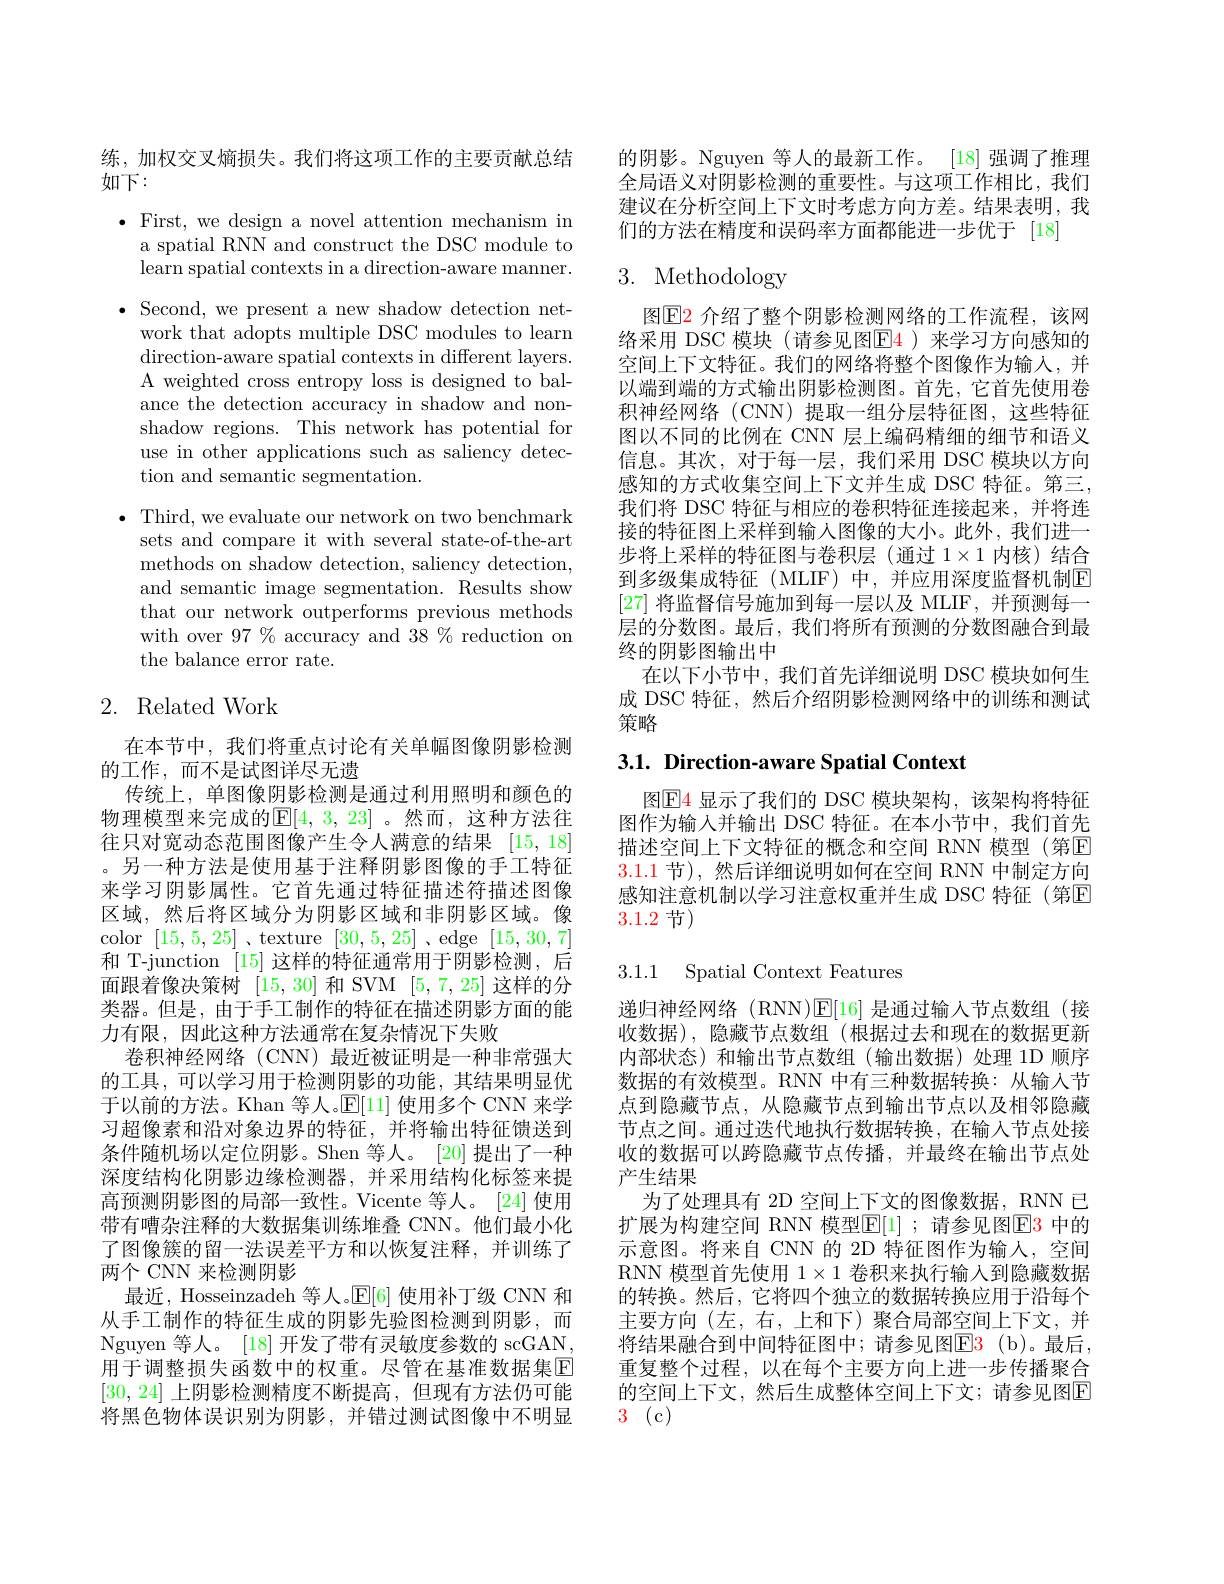
练，加权交叉熵损失。我们将这项工作的主要贡献总结
如下：

$\bullet$ First, we design a novel attention mechanism in
a spatial RNN and construct the DSC module to learn spatial contexts in a direction-aware manner.
$\bullet$ Second, we present a new shadow detection net-
work that adopts multiple DSC modules to learn direction-aware spatial contexts in different layers. A weighted cross entropy loss is designed to balance the detection accuracy in shadow and nonshadow regions. This network has potential for use in other applications such as saliency detection and semantic segmentation.
$\bullet$ Third, we evaluate our network on two benchmark

sets and compare it with several state-of-the-art methods on shadow detection, saliency detection, and semantic image segmentation. Results show that our network outperforms previous methods with over $97\%$ accuracy and 38 % reduction on the balance error rate.

# 2. Related Work

在本节中，我们将重点讨论有关单幅图像阴影检测
的工作，而不是试图详尽无遗
传统上，单图像阴影检测是通过利用照明和颜色的物理模型来完成的$\mathbb{E}[4,3,23]$ 。然而，这种方法往往只对宽动态范围图像产生令人满意的结果 [15,18] 。另一种方法是使用基于注释阴影图像的手工特征来学习阴影属性。它首先通过特征描述符描述图像区域，然后将区域分为阴影区域和非阴影区域。像color [15,5,25] 、texture [30,5,25] 、edge [15,30,7] 和 T-junction [15]这样的特征通常用于阴影检测，后面跟着像决策树[15,30]和 SVM [5,7,25]这样的分类器。但是，由于手工制作的特征在描述阴影方面的能力有限，因此这种方法通常在复杂情况下失败
卷积神经网络(CNN)最近被证明是一种非常强大的工具，可以学习用于检测阴影的功能，其结果明显优于以前的方法。Khan 等人。$\mathbb{E}[11]$使用多个 CNN 来学习超像素和沿对象边界的特征，并将输出特征馈送到条件随机场以定位阴影。Shen 等人。[20]提出了一种深度结构化阴影边缘检测器，并采用结构化标签来提高预测阴影图的局部一致性。Vicente 等人。[24] 使用带有嘈杂注释的大数据集训练堆叠 CNN。他们最小化了图像簇的留一法误差平方和以恢复注释，并训练了两个 CNN 来检测阴影
最近，Hosseinzadeh 等人。$\mathbb{E}[6]$使用补丁级 CNN 和从手工制作的特征生成的阴影先验图检测到阴影，而Nguyen 等人。[18] 开发了带有灵敏度参数的 scGAN 用于调整损失函数中的权重。尽管在基准数据集$\overline{\mathrm{E}}$ [30,24]上阴影检测精度不断提高，但现有方法仍可能将黑色物体误识别为阴影，并错过测试图像中不明显

的阴影。Nguyen 等人的最新工作。[18] 强调了推理全局语义对阴影检测的重要性。与这项工作相比，我们建议在分析空间上下文时考虑方向方差。结果表明，我们的方法在精度和误码率方面都能进一步优于 [18]

# 3. Methodology

图$\boxed{\mathrm{E}}2$ 介绍了整个阴影检测网络的工作流程，该网络采用 DSC 模块(请参见图$\color{red}{\mathrm{E}}\color{blue}{\mathrm{E}}\color{red}{\mathrm{)}}$来学习方向感知的空间上下文特征。我们的网络将整个图像作为输入，并以端到端的方式输出阴影检测图。首先，它首先使用卷积神经网络(CNN)提取一组分层特征图，这些特征图以不同的比例在 CNN 层上编码精细的细节和语义信息。其次，对于每一层，我们采用 DSC 模块以方向感知的方式收集空间上下文并生成 DSC 特征。第三， 我们将 DSC 特征与相应的卷积特征连接起来，并将连接的特征图上采样到输入图像的大小。此外，我们进一步将上采样的特征图与卷积层(通过$1\times1$内核)结合到多级集成特征(MLIF)中，并应用深度监督机制$\overline{\mathrm{E}}$ [27]将监督信号施加到每一层以及 MLIF, 并预测每一层的分数图。最后，我们将所有预测的分数图融合到最终的阴影图输出中
在以下小节中，我们首先详细说明 DSC 模块如何生成 DSC 特征，然后介绍阴影检测网络中的训练和测试策略

3.1. Direction-aware Spatial Context

图$\boxed{\mathrm{E}}4$ 显示了我们的 DSC 模块架构，该架构将特征图作为输入并输出 DSC 特征。在本小节中，我们首先描述空间上下文特征的概念和空间 RNN 模型 (第四3.1.1节),然后详细说明如何在空间 RNN 中制定方向感知注意机制以学习注意权重并生成 DSC 特征(第☑ 3.1.2 节)

# 3.1.1 Spatial Context Features

递归神经网络 (RNN)$\mathbb{E}[16]$是通过输入节点数组(接收数据),隐藏节点数组(根据过去和现在的数据更新内部状态)和输出节点数组(输出数据)处理 1D 顺序数据的有效模型。RNN 中有三种数据转换：从输入节点到隐藏节点，从隐藏节点到输出节点以及相邻隐藏节点之间。通过迭代地执行数据转换，在输入节点处接收的数据可以跨隐藏节点传播，并最终在输出节点处产生结果
为了处理具有 2D 空间上下文的图像数据，RNN 已扩展为构建空间 RNN 模型$\mathbb{E}[1]$ ;请参见图$\mathbb{E}3$ 中的示意图。将来自 CNN 的 2D 特征图作为输人，空间RNN 模型首先使用$1\times1$卷积来执行输入到隐藏数据的转换。然后，它将四个独立的数据转换应用于沿每个主要方向 (左，右，上和下)聚合局部空间上下文，并将结果融合到中间特征图中；请参见图$\color{red}{\mathrm{E3~(b)}}$。最后， 重复整个过程，以在每个主要方向上进一步传播聚合的空间上下文，然后生成整体空间上下文；请参见图$\overline{\mathrm{E}}$ 3 (c)